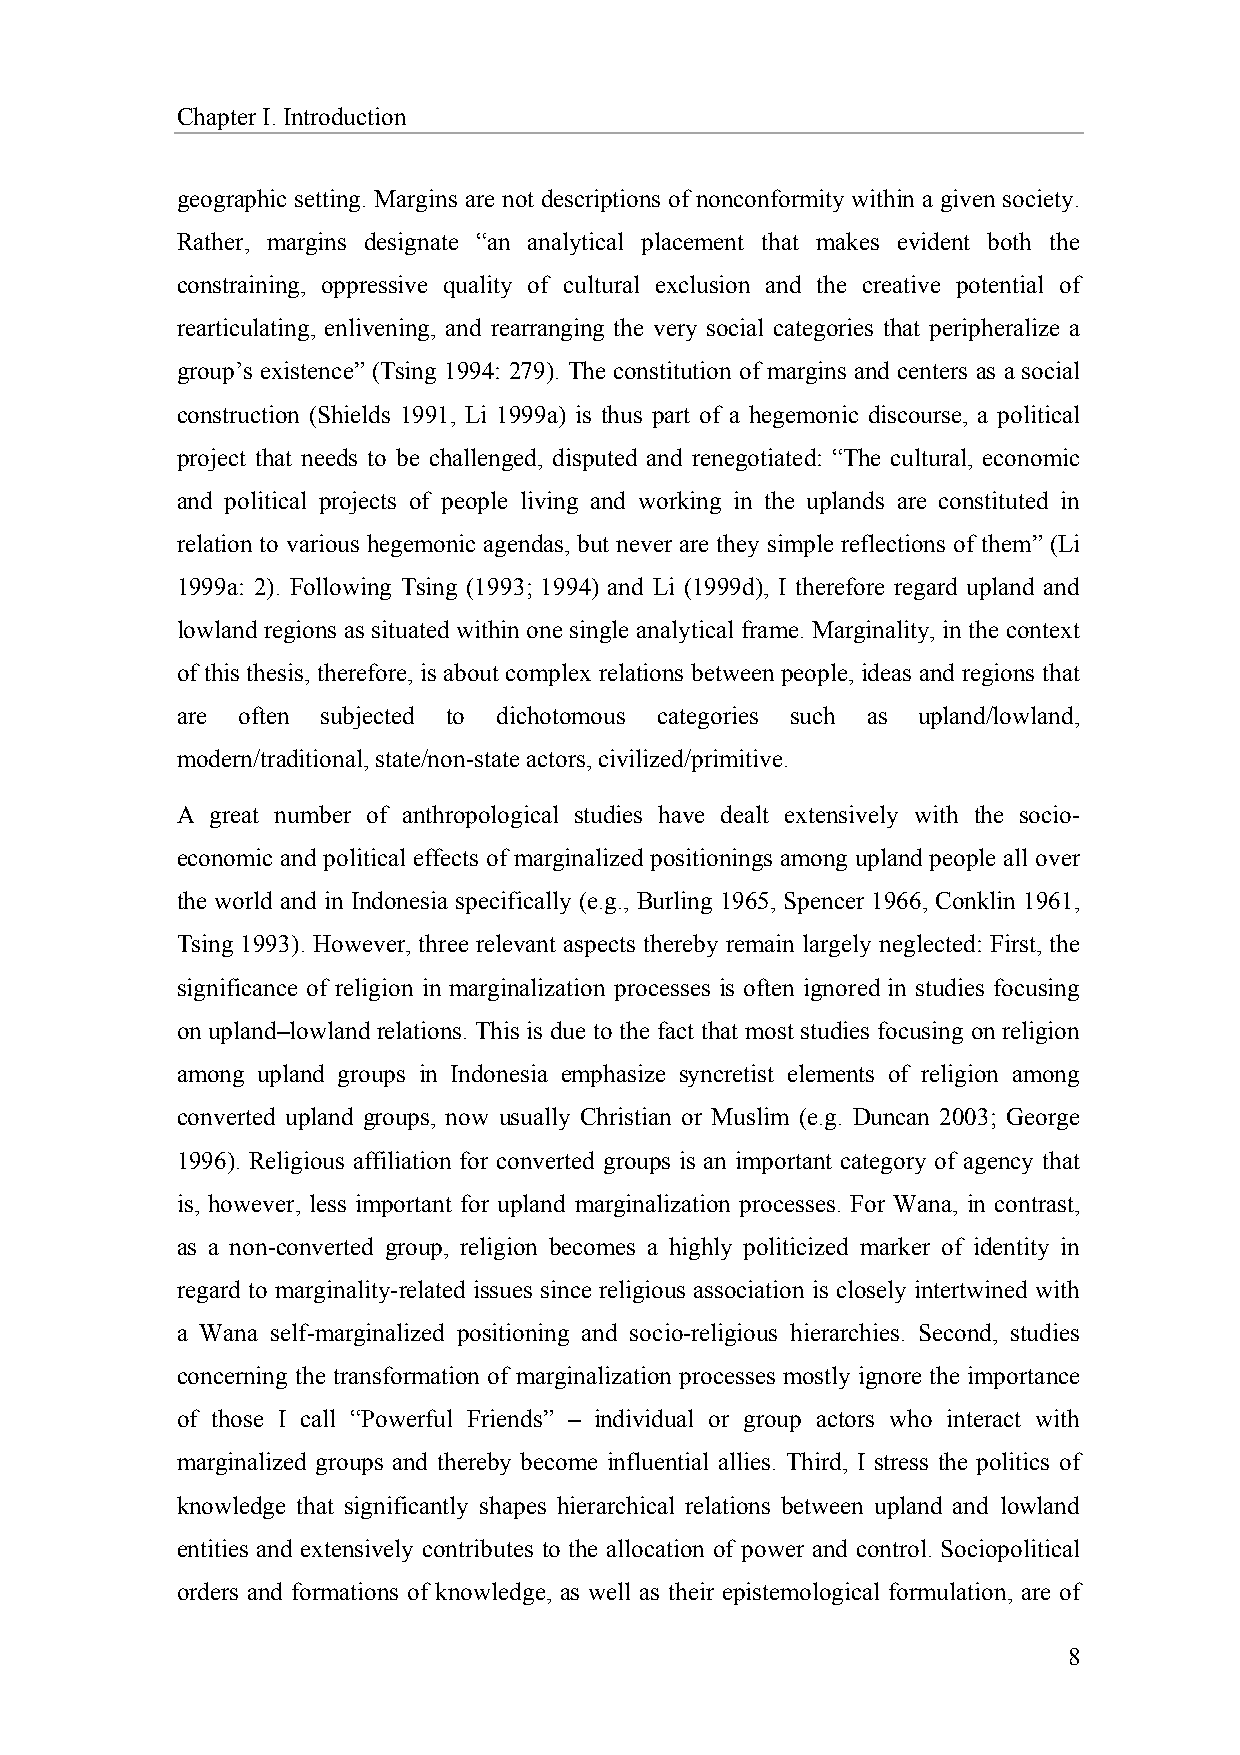
Chapter I. Introduction
 geographic setting. Margins are not descriptions of nonconformity within a given society.
 Rather, margins designate “an analytical placement that makes evident both the
 constraining, oppressive quality of cultural exclusion and the creative potential of
 rearticulating, enlivening, and rearranging the very social categories that peripheralize a
 group’s existence” (Tsing 1994: 279). The constitution of margins and centers as a social
 construction (Shields 1991, Li 1999a) is thus part of a hegemonic discourse, a political
 project that needs to be challenged, disputed and renegotiated: “The cultural, economic
 and political projects of people living and working in the uplands are constituted in
 relation to various hegemonic agendas, but never are they simple reflections of them” (Li
 1999a: 2). Following Tsing (1993; 1994) and Li (1999d), I therefore regard upland and
 lowland regions as situated within one single analytical frame. Marginality, in the context
 of this thesis, therefore, is about complex relations between people, ideas and regions that
 are often subjected to dichotomous categories such as upland/lowland,
 modern/traditional, state/non-state actors, civilized/primitive.
 A great number of anthropological studies have dealt extensively with the socio-
 economic and political effects of marginalized positionings among upland people all over
 the world and in Indonesia specifically (e.g., Burling 1965, Spencer 1966, Conklin 1961,
 Tsing 1993). However, three relevant aspects thereby remain largely neglected: First, the
 significance of religion in marginalization processes is often ignored in studies focusing
 on upland–lowland relations. This is due to the fact that most studies focusing on religion
 among upland groups in Indonesia emphasize syncretist elements of religion among
 converted upland groups, now usually Christian or Muslim (e.g. Duncan 2003; George
 1996). Religious affiliation for converted groups is an important category of agency that
 is, however, less important for upland marginalization processes. For Wana, in contrast,
 as a non-converted group, religion becomes a highly politicized marker of identity in
 regard to marginality-related issues since religious association is closely intertwined with
 a Wana self-marginalized positioning and socio-religious hierarchies. Second, studies
 concerning the transformation of marginalization processes mostly ignore the importance
 of those I call “Powerful Friends” – individual or group actors who interact with
 marginalized groups and thereby become influential allies. Third, I stress the politics of
 knowledge that significantly shapes hierarchical relations between upland and lowland
 entities and extensively contributes to the allocation of power and control. Sociopolitical
 orders and formations of knowledge, as well as their epistemological formulation, are of
 8